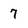
Character: 7